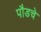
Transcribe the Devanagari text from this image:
पौडचे